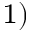
^ { 1 ) }